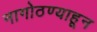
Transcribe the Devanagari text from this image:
नागोठण्याहून